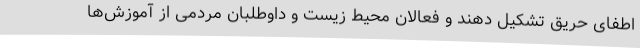
اطفای حریق تشکیل دهند و فعالان محیط زیست و داوطلبان مردمی از آموزش‌ها